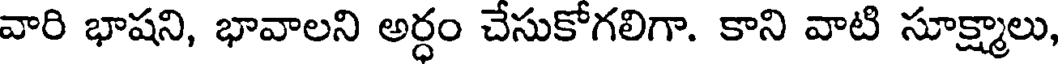
వారి భాషని, భావాలని అర్ధం చేసుకోగలిగా. కాని వాటి సూక్ష్మాలు,